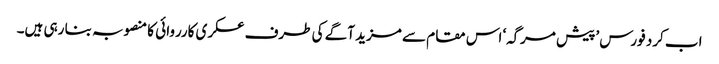
اب کرد فورس ’پیش مرگہ‘ اس مقام سے مزید آگے کی طرف عسکری کارروائی کا منصوبہ بنا رہی ہیں۔